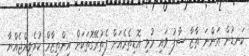
ކަނޑުން އަންނަ ތާޒާ ސާފު ވައި މުޅި އޮޑިތެރެއަށް ފެތުރޭގޮތަކަށް އިންތިޒާމް ކުރެވިއްޖެއްޔާ